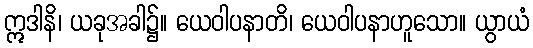
ဣဒါနိ၊ ယခုအခါ၌။ ယေဝါပနာတိ၊ ယေဝါပနာဟူသော။ ယွာယံ